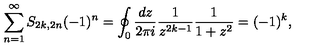
\sum _ { n = 1 } ^ { \infty } S _ { 2 k , 2 n } ( - 1 ) ^ { n } = \oint _ { 0 } { \frac { d z } { 2 \pi i } } { \frac { 1 } { z ^ { 2 k - 1 } } } { \frac { 1 } { 1 + z ^ { 2 } } } = ( - 1 ) ^ { k } ,